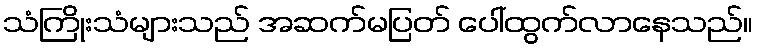
သံကြိုးသံများသည် အဆက်မပြတ် ပေါ်ထွက်လာနေသည်။